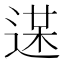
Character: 𨔋